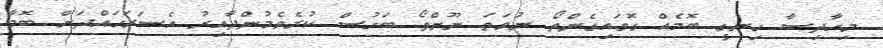
މިހާދިސާ ހިނގީ ބޮމެއް ގޮވައިގެންތޯ ނުވަތަ ނޫންތޯ ބަހުސް ކުރެވެމުންދާއިރު އެސަރަހައްދަށް ބޮމާ